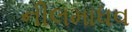
નીલમાધવ